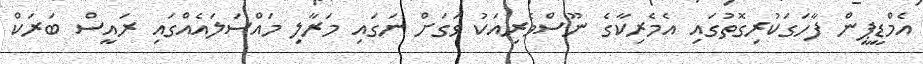
އެމްޑީޕީން ފާހަގަކުރިގޮތުގައި އެމެރިކާގެ ނޫސްވެރިއަކު ވަގަށް ނަގައި މަރާލި މައްސަލައެއްގައި ރައީސް ބަރަކް